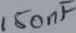
Text: 150nF